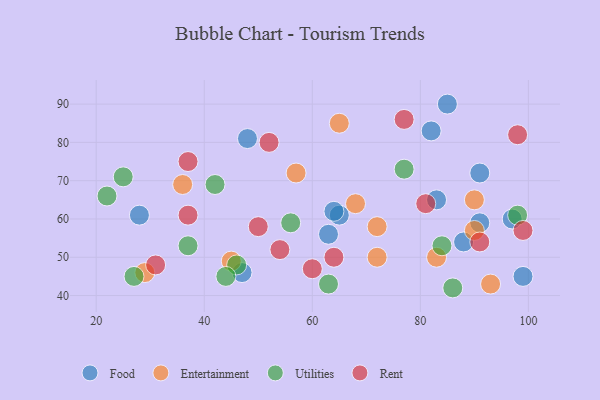
{"axis": {"x": "GDP", "y": "Life Expectancy"}, "legend": ["Entertainment", "Food", "Rent", "Utilities"], "data": [{"x": "48", "y": 81, "type": "Food"}, {"x": "97", "y": 60, "type": "Food"}, {"x": "47", "y": 46, "type": "Food"}, {"x": "85", "y": 90, "type": "Food"}, {"x": "83", "y": 65, "type": "Food"}, {"x": "91", "y": 59, "type": "Food"}, {"x": "82", "y": 83, "type": "Food"}, {"x": "91", "y": 72, "type": "Food"}, {"x": "65", "y": 61, "type": "Food"}, {"x": "28", "y": 61, "type": "Food"}, {"x": "99", "y": 45, "type": "Food"}, {"x": "64", "y": 62, "type": "Food"}, {"x": "63", "y": 56, "type": "Food"}, {"x": "88", "y": 54, "type": "Food"}, {"x": "57", "y": 72, "type": "Entertainment"}, {"x": "45", "y": 49, "type": "Entertainment"}, {"x": "36", "y": 69, "type": "Entertainment"}, {"x": "90", "y": 65, "type": "Entertainment"}, {"x": "72", "y": 58, "type": "Entertainment"}, {"x": "72", "y": 50, "type": "Entertainment"}, {"x": "29", "y": 46, "type": "Entertainment"}, {"x": "68", "y": 64, "type": "Entertainment"}, {"x": "83", "y": 50, "type": "Entertainment"}, {"x": "90", "y": 57, "type": "Entertainment"}, {"x": "93", "y": 43, "type": "Entertainment"}, {"x": "65", "y": 85, "type": "Entertainment"}, {"x": "98", "y": 61, "type": "Utilities"}, {"x": "46", "y": 48, "type": "Utilities"}, {"x": "22", "y": 66, "type": "Utilities"}, {"x": "56", "y": 59, "type": "Utilities"}, {"x": "42", "y": 69, "type": "Utilities"}, {"x": "44", "y": 45, "type": "Utilities"}, {"x": "27", "y": 45, "type": "Utilities"}, {"x": "84", "y": 53, "type": "Utilities"}, {"x": "63", "y": 43, "type": "Utilities"}, {"x": "77", "y": 73, "type": "Utilities"}, {"x": "25", "y": 71, "type": "Utilities"}, {"x": "37", "y": 53, "type": "Utilities"}, {"x": "86", "y": 42, "type": "Utilities"}, {"x": "54", "y": 52, "type": "Rent"}, {"x": "99", "y": 57, "type": "Rent"}, {"x": "50", "y": 58, "type": "Rent"}, {"x": "31", "y": 48, "type": "Rent"}, {"x": "52", "y": 80, "type": "Rent"}, {"x": "37", "y": 61, "type": "Rent"}, {"x": "64", "y": 50, "type": "Rent"}, {"x": "91", "y": 54, "type": "Rent"}, {"x": "77", "y": 86, "type": "Rent"}, {"x": "37", "y": 75, "type": "Rent"}, {"x": "98", "y": 82, "type": "Rent"}, {"x": "81", "y": 64, "type": "Rent"}, {"x": "60", "y": 47, "type": "Rent"}]}